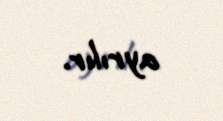
ayrılır.